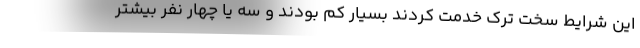
این شرایط سخت ترک خدمت کردند بسیار کم بودند و سه یا چهار نفر بیشتر